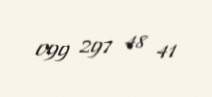
099 297 48 41